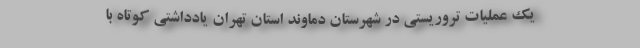
یک عملیات تروریستی در شهرستان دماوند استان تهران یادداشتی کوتاه با